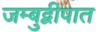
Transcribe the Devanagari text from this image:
जम्बुद्वीपात